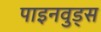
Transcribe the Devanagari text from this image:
पाइनवुड्स